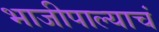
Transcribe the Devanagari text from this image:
भाजीपाल्याचं